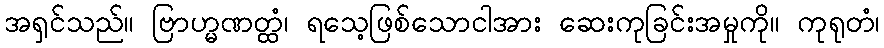
အရှင်သည်။ ဗြာဟ္မဏတ္ထံ၊ ရသေ့ဖြစ်သောငါအား ဆေးကုခြင်းအမှုကို။ ကုရုတံ၊